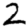
Digit: 2